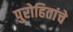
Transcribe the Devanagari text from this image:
पुरोहितांचे